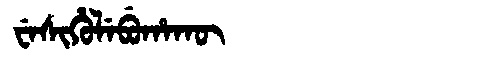
Manchu: ᠸᡝᠰᡳᡥᡠᠯᡝᠪᡠᡥᠠᡴᡡ
Romanization: WESIHULEBUHAKŪ